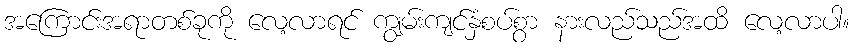
အကြောင်းအရာတစ်ခုကို လေ့လာရင် ကျွမ်းကျင်နှံစပ်စွာ နားလည်သည်အထိ လေ့လာပါ။